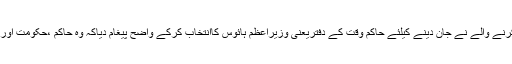
یہ اس لحاظ سے بھی بہت مختلف ہے کہ خودکشی کرنے والے نے جان دینے کیلئے حاکم وقت کے دفتریعنی وزیراعظم ہائوس کاانتخاب کرکے واضح پیغام دیاکہ وہ حاکم ،حکومت اورنظام سے انصاف کی اُمیدکھونے پرجان دے رہاہے۔